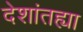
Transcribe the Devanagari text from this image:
देशांतह्या